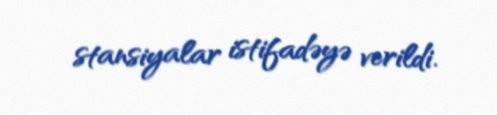
stansiyalar istifadəyə verildi.